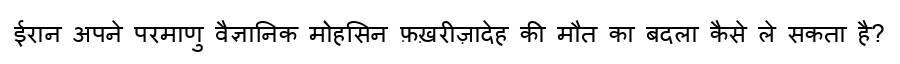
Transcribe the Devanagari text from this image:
ईरान अपने परमाणु वैज्ञानिक मोहसिन फ़ख़रीज़ादेह की मौत का बदला कैसे ले सकता है?